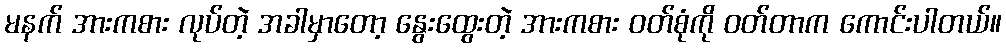
မနက် အားကစား လုပ်တဲ့ အခါမှာတော့ နွေးထွေးတဲ့ အားကစား ဝတ်စုံကို ဝတ်တာက ကောင်းပါတယ်။